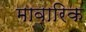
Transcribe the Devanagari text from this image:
मावारिक